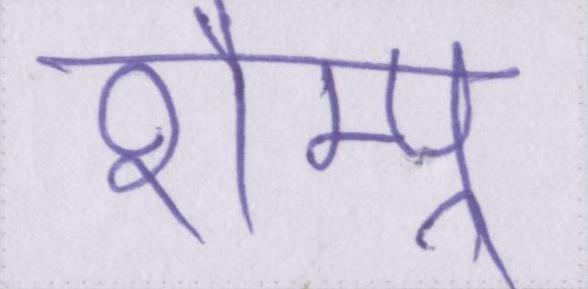
शैम्पू